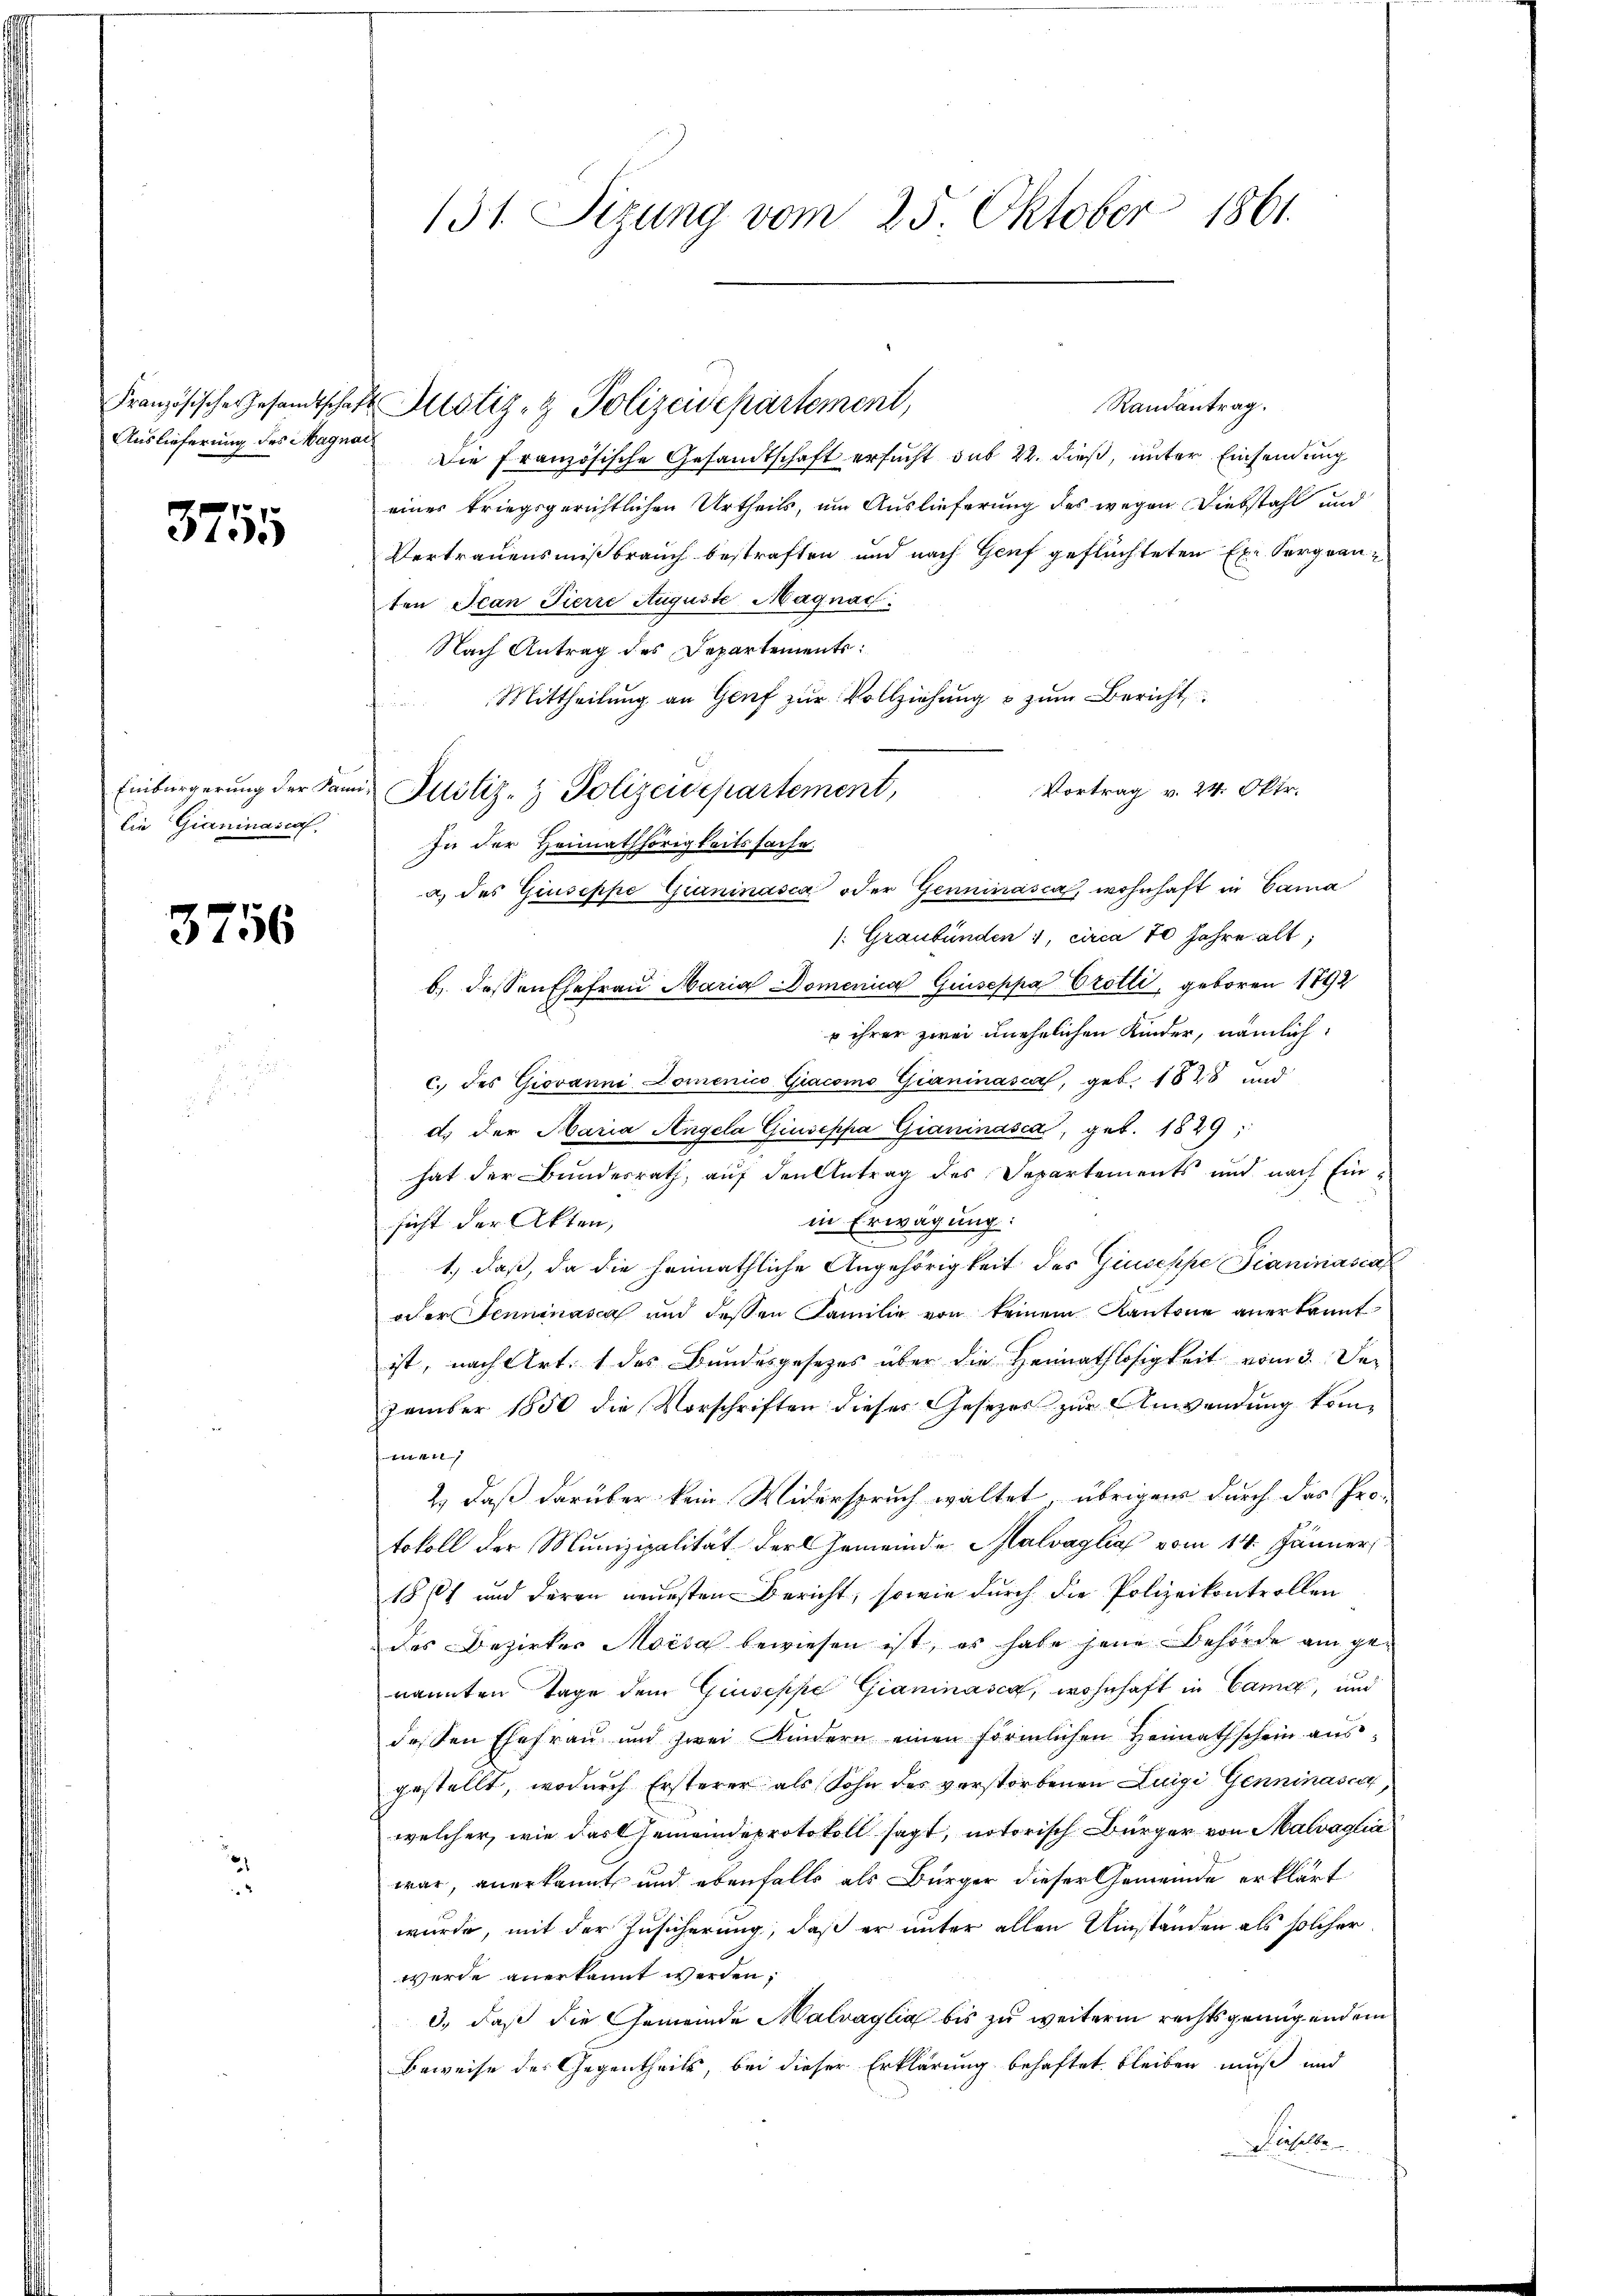
3755

Einbürgerung der Kann
Die Gianinasco,

3756

2
u

131. Sizung vom 23. Oktober 1861.

Randantrag.
Auslieferung des Wagen die französische Gesandtschaft ersucht sub 22. dieß, unter Einsendung
einer kriegsgerichtlichen Urtheils, um Auslieferung des wegen Diebstahl und
Vertrauensmißbrauch bestraften und nach Genf geflüchteten Exe Sorgeanten Jean Pierre Auguste Magnac
Nach Antrag des Departements:
 Mittheilŭng an Genf zŭr Vollziehŭng u zŭm Bericht
Vortrag v. 24. Oktr.
Justiz- & Polizeisepartement,
In der Heimathörigkeitssache.
a) des Giuseppe Gianinasca oder Geninasca, wohnhaft in Cana
/: Graubünden 1, circa 70 Jahre alt;
b. dessen Ehefrau Maria Domenica Giuseppa Crotli, geboren 1792
u ihrer zwei unehelichen Kinder, nämlich
c. des Giovanni Domenico Giacomo Graninasca, geb. 1828 und
d) der Maria Angela Giuseppa Gianinasca, geb. 1829,
hat der Bundesrath, auf den Antrag des Departements und nach Einsicht der Akten,
in Erwägung:
1.) daß, da die heimathliche Angehörigkeit des Giuseppe Pianinascal
oder Tenninasca und dessen Familie von keinem Kantone anerkannt
ist, nach Art. 1 des Bundesgesetzes über die Heimathlosigkeit vom 3. Dez
zember 1850 die Vorschriften dieses Gesetzes zur Anwendung kommen
2., daß darüber kein Widerspruch waltet, übrigens durch das Pro-
tokoll der Munizipalität der Gemeinde Malvaglia vom 14. Jänner
1861 und deren neuesten Bericht, sowie durch die Polizeikontrollen
des Bezirkes Moisa bewiesen ist, es habe jene Behörde am genannten Tage dem Giuseppe Gianinasca, wohnhaft in Came, und
dessen Ehefrau und zwei Kindern einen förmlichen Heimathschein aŭs-
gestellt, wodurch Ersterer als Sohn des verstorbenen Luigi Genninaser,
welcher, wie das Gemeindeprotokoll sagt, notorisch Bürger von Malvaglia
war, anerkannt und ebenfalls als Bürger dieser Gemeinde erklärt
wurde, mit der Zusicherung, daß er unter allen Umständen als solcher
wurde anerkannt werden,
d., daß die Gemeinde Malvaglia bis zu weiterm rechtsgenügendem
Beweise des Gegentheils, bei dieser Erklärung behaftet bleiben muß und
Dieselbe

Französischen Gesandtschaft Altstiz- & Polizeisepartement,

12